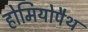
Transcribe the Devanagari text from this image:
होमियोपैथ